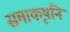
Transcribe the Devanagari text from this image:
समाकृषनि